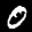
Label: 0